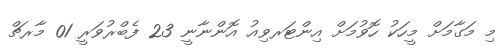
މި މަގާމަށް މީހަކު ހޮވުމަށް އިންޓަރވިއު އޮންނާނީ 23 ފެބްރުވަރީ 01 މާރޗް